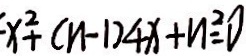
x ^ { 2 } + ( n - 1 ) 4 x + n ^ { 2 } = 0